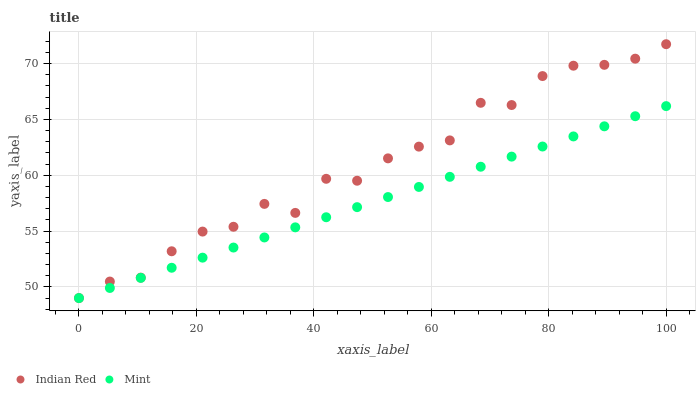
| xaxis_label | Indian Red | Mint |
 | --- | --- | --- |
 | 0 | 49 | 49 |
 | 5.26 | 50.5 | 49.9 |
 | 10.5 | 50.8 | 50.8 |
 | 15.8 | 53.2 | 51.7 |
 | 21.1 | 55 | 52.6 |
 | 26.3 | 55.4 | 53.5 |
 | 31.6 | 57.4 | 54.4 |
 | 36.8 | 56.6 | 55.3 |
 | 42.1 | 59.7 | 56.2 |
 | 47.4 | 59.5 | 57.1 |
 | 52.6 | 61.5 | 58 |
 | 57.9 | 62.6 | 59 |
 | 63.2 | 63.1 | 59.9 |
 | 68.4 | 66.5 | 60.8 |
 | 73.7 | 66.3 | 61.7 |
 | 78.9 | 68.9 | 62.6 |
 | 84.2 | 69.8 | 63.5 |
 | 89.5 | 69.9 | 64.4 |
 | 94.7 | 70.4 | 65.3 |
 | 100 | 71.7 | 66.2 |